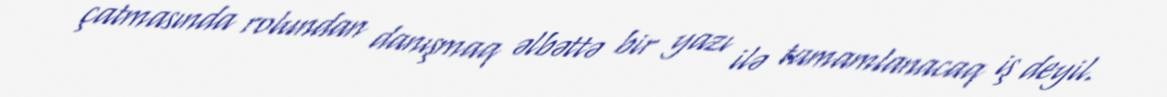
çatmasında rolundan danışmaq əlbəttə bir yazı ilə tamamlanacaq iş deyil.